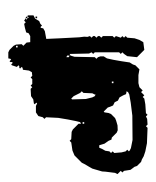
Text: by
Cross-out: scratch
Writing tool: digital_black